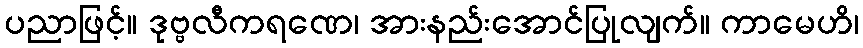
ပညာဖြင့်။ ဒုဗ္ဗလီကရဏေ၊ အားနည်းအောင်ပြုလျက်။ ကာမေဟိ၊